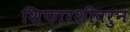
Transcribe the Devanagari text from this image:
शिफारशीवरुन